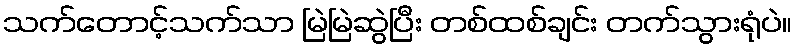
သက်တောင့်သက်သာ မြဲမြဲဆွဲပြီး တစ်ထစ်ချင်း တက်သွားရုံပဲ။